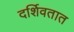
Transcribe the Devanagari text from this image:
दर्शिवतात